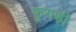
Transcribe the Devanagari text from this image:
फुगड़ी